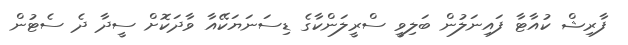
ފާރިޝް ކުއާޓާ ފައިނަލުން ބަލިވީ ސްރީލަންކާގެ ޑިސަނަޔަކޭއާ ވާދަކޮށް ސީދާ ދެ ސެޓުން